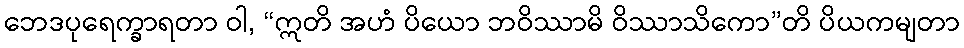
ဘေဒပုရေက္ခာရတာ ဝါ, “ဣတိ အဟံ ပိယော ဘဝိဿာမိ ဝိဿာသိကော”တိ ပိယကမျတာ